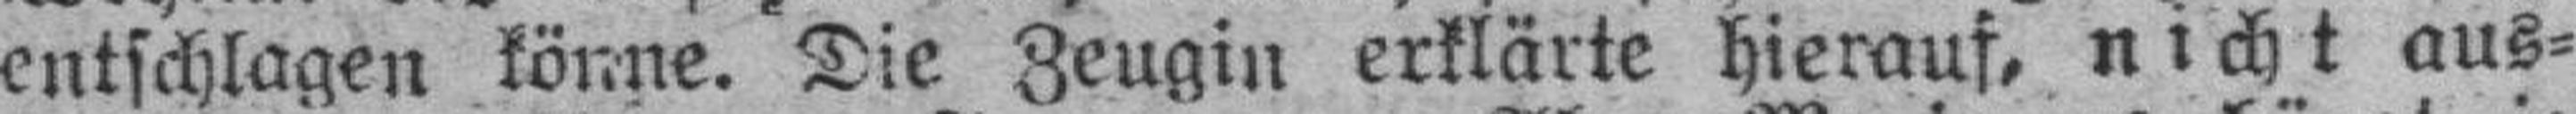
entschlagen könne. Die Zeugin erklärte hierauf, nicht aus¬